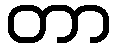
တာ